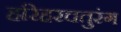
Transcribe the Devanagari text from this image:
हरिहरचतुरंग